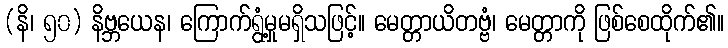
(နိ၊ ၅၀) နိဗ္ဘယေန၊ ကြောက်ရွံ့မှုမရှိသဖြင့်။ မေတ္တာယိတဗ္ဗံ၊ မေတ္တာကို ဖြစ်စေထိုက်၏။